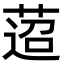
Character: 𦴚